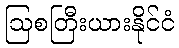
ဩစတြီးယားနိုင်ငံ